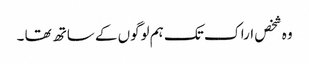
وہ شخص اراک تک ہم لوگوں کے ساتھ تھا ۔